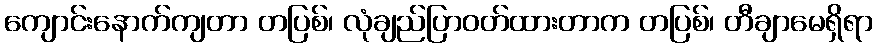
ကျောင်းနောက်ကျတာ တပြစ်၊ လုံချည်ပြာဝတ်ထားတာက တပြစ်၊ တီချာမေရှိရာ